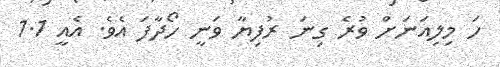
ހަ މިލިއަނަށް ވުރެ ގިނަ ރުފިޔާ ވަނީ ހޯދާފަ އެވެ. އެއީ 1.1